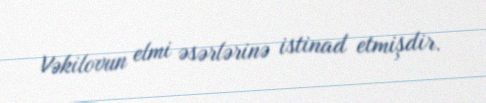
Vəkilovun elmi əsərlərinə istinad etmişdir.